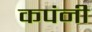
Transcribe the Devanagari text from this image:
कपंनी